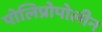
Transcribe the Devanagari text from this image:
पोलिप्रोपोलीन